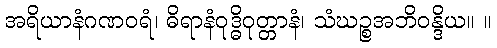
အရိယာနံဂဏဝရံ၊ ဓိရာနံဝုဒ္ဓိဝုတ္တာနံ၊ သံဃဉ္စအဘိဝန္ဒိယ။ ။